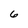
Character: 6